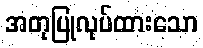
အတုပြုလုပ်ထားသော